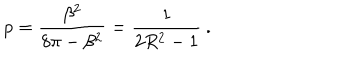
LaTeX: p = \displaystyle \frac { \beta ^ { 2 } } { 8 \pi - \beta ^ { 2 } } = \displaystyle \frac { 1 } { 2 R ^ { 2 } - 1 } \: .